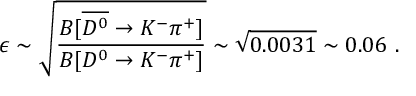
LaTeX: \epsilon \sim \sqrt { \frac { { \cal B } [ \overline { { { D ^ { 0 } } } } \rightarrow K ^ { - } \pi ^ { + } ] } { { \cal B } [ D ^ { 0 } \rightarrow K ^ { - } \pi ^ { + } ] } } \sim \sqrt { 0 . 0 0 3 1 } \sim 0 . 0 6 \ .